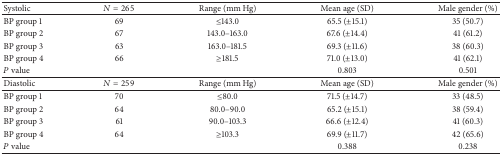
<table><thead><tr><td><b>Systolic</b></td><td><b><i>N</i> = 265</b></td><td><b>Range (mm Hg)</b></td><td><b>Mean age (SD)</b></td><td><b>Male gender (%)</b></td></tr></thead><tbody><tr><td>BP group 1</td><td>69</td><td>≤143.0</td><td>65.5 (±15.1)</td><td>35 (50.7)</td></tr><tr><td>BP group 2</td><td>67</td><td>143.0–163.0</td><td>67.6 (±14.4)</td><td>41 (61.2)</td></tr><tr><td>BP group 3</td><td>63</td><td>163.0–181.5</td><td>69.3 (±11.6)</td><td>38 (60.3)</td></tr><tr><td>BP group 4</td><td>66</td><td>≥181.5</td><td>71.0 (±13.0)</td><td>41 (62.1)</td></tr><tr><td><i>P</i> value</td><td> </td><td> </td><td>0.803</td><td>0.501</td></tr><tr><td>Diastolic</td><td><i>N</i> = 259</td><td>Range (mm Hg)</td><td>Mean age (SD)</td><td>Male gender (%)</td></tr><tr><td>BP group 1</td><td>70</td><td>≤80.0</td><td>71.5 (±14.7)</td><td>33 (48.5)</td></tr><tr><td>BP group 2</td><td>64</td><td>80.0–90.0</td><td>65.2 (±15.1)</td><td>38 (59.4)</td></tr><tr><td>BP group 3</td><td>61</td><td>90.0–103.3</td><td>66.6 (±12.4)</td><td>41 (60.3)</td></tr><tr><td>BP group 4</td><td>64</td><td>≥103.3</td><td>69.9 (±11.7)</td><td>42 (65.6)</td></tr><tr><td><i>P</i> value</td><td> </td><td> </td><td>0.388</td><td>0.238</td></tr></tbody></table>